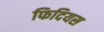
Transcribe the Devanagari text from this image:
फिदियस